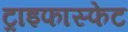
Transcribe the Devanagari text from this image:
ट्राइफास्फेट